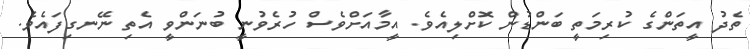
ތެދު އީތަންގެ ކުރިމަތީ ބަންޑުން ކޮށްލިއެވެ. އީމާއަށްވެސް ހުރެވުނީ ބުނަންވީ އެތި ނޭނގިފައެވެ.